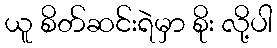
ယူ စိတ်ဆင်းရဲမှာ စိုး လို့ပါ